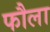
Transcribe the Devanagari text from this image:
फौला